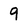
Character: 9